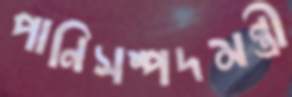
পানিসম্পদমন্ত্রী